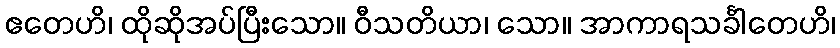
ဧတေဟိ၊ ထိုဆိုအပ်ပြီးသော။ ဝီသတိယာ၊ သော။ အာကာရသင်္ခါတေဟိ၊